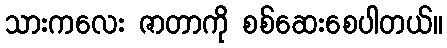
သားကလေး ဇာတာကို စစ်ဆေးစေပါတယ်။